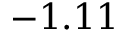
- 1 . 1 1